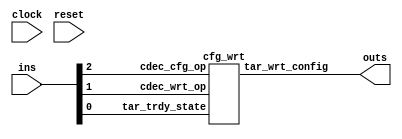
// 3 ins 1 outs
module nut_003_m178 (clock,reset,ins,outs);
input clock,reset;
input [2:0] ins;
output [0:0] outs;
cfg_wrt cfg_wrt_inst (
  .tar_trdy_state(ins[0]),
  .cdec_wrt_op(ins[1]),
  .cdec_cfg_op(ins[2]),
  .tar_wrt_config(outs[0])
);
endmodule

module cfg_wrt (
   cdec_wrt_op,
   cdec_cfg_op,
   tar_trdy_state,
   tar_wrt_config
);
   input         cdec_wrt_op, cdec_cfg_op;
   input         tar_trdy_state;
   output        tar_wrt_config;
   wire    tar_wrt_config = cdec_cfg_op && cdec_wrt_op &&tar_trdy_state;
endmodule